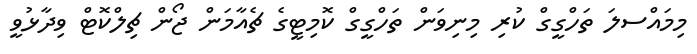
މިމައްސލަ ތަހްގީގް ކުރި މިނިވަން ތަހްގީގް ކޮމިޓީގެ ޗެއާމަން ޖޯން ޗިލްކޮޓް ވިދާޅުވީ